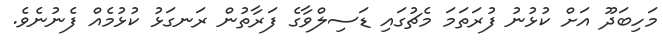
މަހިބަދޫ އަށް ކުޅުނު ފުރަތަމަ މެޗުގައި ޑަސިލްވާގެ ފަރާތުން ރަނގަޅު ކުޅުމެއް ފެނުނެވެ.